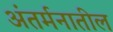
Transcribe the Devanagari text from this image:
अंतर्मनातील